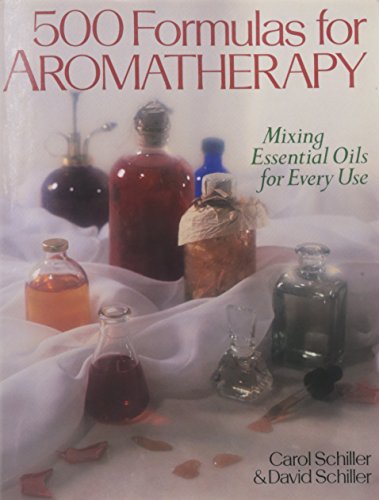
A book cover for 500 Formulas For Aromatherapy: Mixing Essential Oils for Every Use; Carol Schiller; Health, Fitness & Dieting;